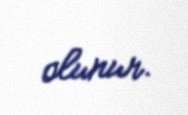
olunur.